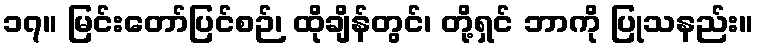
၁၇။ မြင်းတော်ပြင်စဉ်၊ ထိုချိန်တွင်၊ တို့ရှင် ဘာကို ပြုသနည်း။